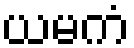
ယမကံ